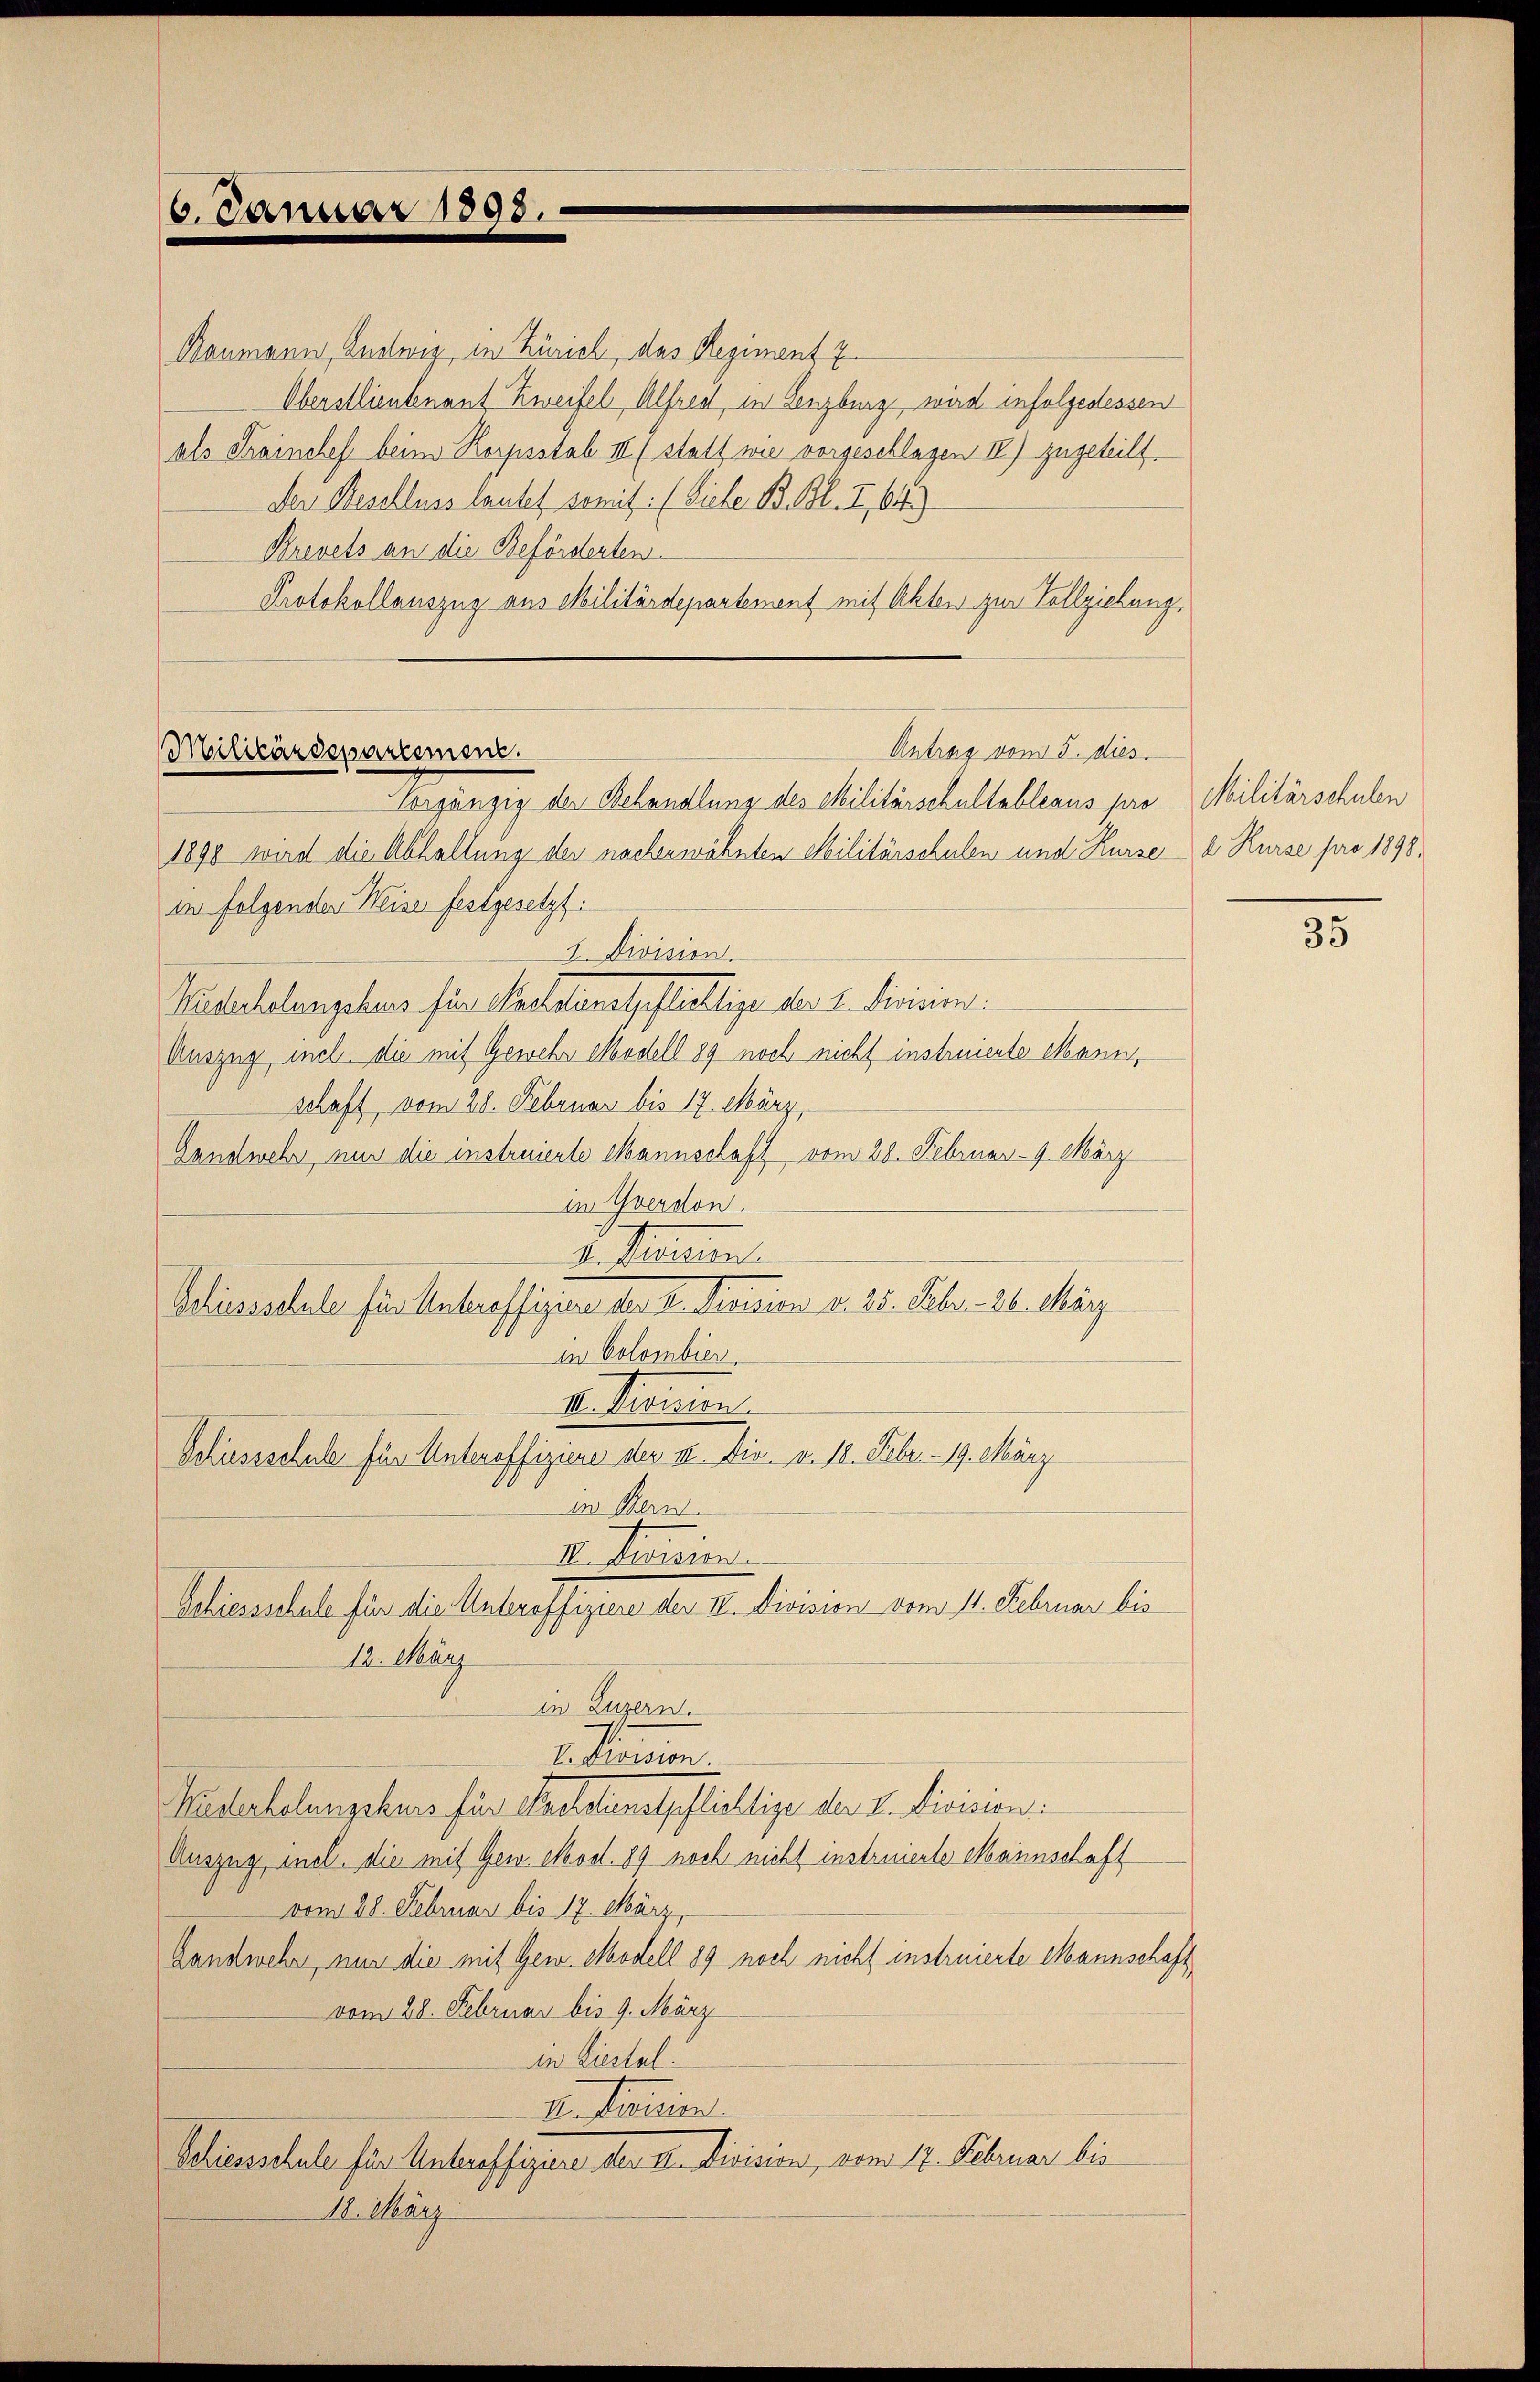
6. Januar 1893.

Baumann, Ludwig, in Zürich, das Regiment 7
Oberstlieutnant Zweifel Alfred, in Lenzburg, wird infolgedessen
als Trainches beim Korpstab III (statt wie vorgeschlagen IV) zugeteilt.
Der Beschluss lautet somit. (Siehe B. Bl. I 64)
Brevets an die Beförderten.
Protokollauszug aus Militärdepartement mit Akten zur Vollziehung,

Antrag vom 15. dies
Militärdepartement.
Vorgängig der Behandlung des Militärschultableaus pro Militärschulen

in folgenden Weise festgesetzt.
3. Division.
Ruderholungskurs für Sachstenstpflichtige der 1. Division.
Auszug incl. die mit Gewehr Modell 89 noch nicht instruierte Mann,
schaft, vom 28. Februar bis 17. März,
Landwehr nur die instruierte Mannschaft vom 28. Februar - 9. März
in Yverdon
d. Kaisen.
in Colombier
III. Division.
in Mein
IV. Division.
Schiesschule für die Antraffigen der II. Division vom 11. Februar bis
12. März
in Luzern.
I. Division.
Kuderholungskurs für Metalienstpflichtige der L. Division.
Auszug, mel, die mit Gew. Mod. 89 noch nicht instruierte Maimschaft
vom 28. Februar bis 17. März,
Gandwehr, nun die mit Gew. Modell 89 noch nicht instruierte Mannschaft,
vom 28. Februar bis 9. März
in Liestal
de. Ferien
Schiesschule für Unteroffigire der u. Division, vom 14. Februar bis
18. May

Schierssale für Antraffigiren der I. Diension v. 15. Febr. 86. May

Schiessschule für Unteroffiziere der II. Div. v. 18. Febr. - 19. März

1898 wird die Abhaltung der nacherwähnten Militärschulen und Kurse d. Kurse pro 1890.

35